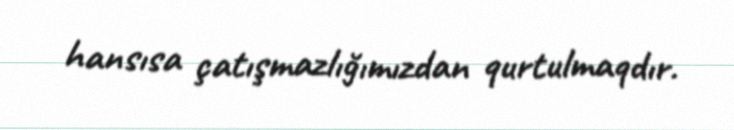
hansısa çatışmazlığımızdan qurtulmaqdır.